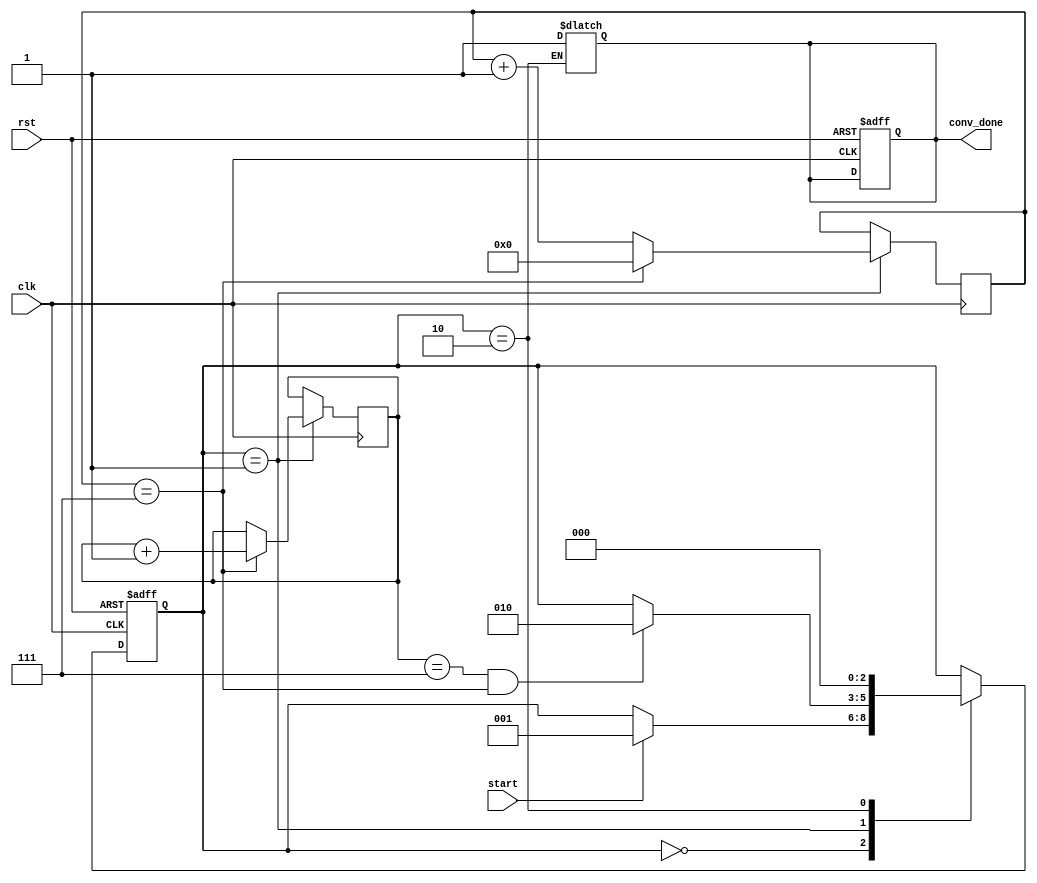
module data_path_controller (
    input clk, // Clock input
    input rst, // Asynchronous reset input
    input start, // Start signal to initiate convolution
    output reg conv_done // Convolution done signal
);

reg [2:0] state, next_state; // State register and next state register
reg [3:0] i, j; // Counters for loop iterations

// Define states of the controller
parameter IDLE = 3'b000;
parameter MULTIPLY = 3'b001;
parameter ACCUMULATE = 3'b010;

// FSM state logic
always @(posedge clk or posedge rst) begin
    if (rst) begin
        // Reset FSM and result
        state <= IDLE;
        conv_done <= 0;
    end else begin
        state <= next_state;
    end
end

// FSM next state logic
always @* begin
    next_state = state;

    case (state)
        IDLE: begin
            if (start) begin
                next_state = MULTIPLY;
            end
        end
        MULTIPLY: begin
            if (i == 7 && j == 7) begin
                next_state = ACCUMULATE;
            end
        end
        ACCUMULATE: begin
            next_state = IDLE;
            conv_done = 1;
        end
    endcase
end

// Loop counters
always @(posedge clk) begin
    if (state == MULTIPLY) begin
        if (j == 7) begin
            i <= i + 1;
            j <= 0;
        end else begin
            j <= j + 1;
        end
    end
end

endmodule